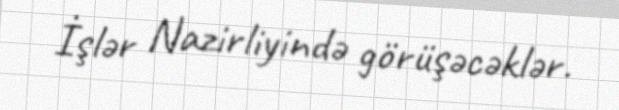
İşlər Nazirliyində görüşəcəklər.